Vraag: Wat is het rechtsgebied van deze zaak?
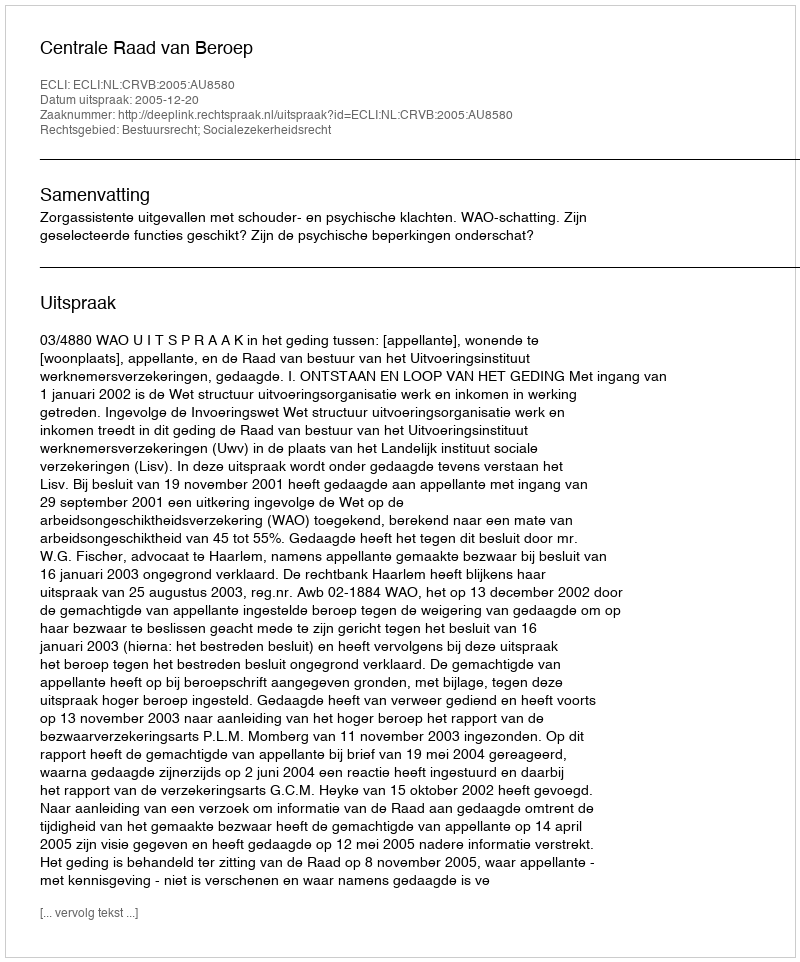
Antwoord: Bestuursrecht; Socialezekerheidsrecht